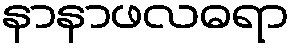
နာနာဖလဓရာ